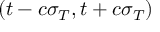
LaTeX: ( t - c \sigma _ { T } , t + c \sigma _ { T } )